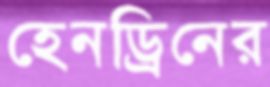
হেনড্রিনের